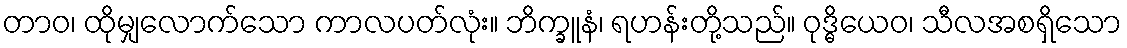
တာဝ၊ ထိုမျှလောက်သော ကာလပတ်လုံး။ ဘိက္ခူနံ၊ ရဟန်းတို့သည်။ ဝုဒ္ဓိယေဝ၊ သီလအစရှိသော